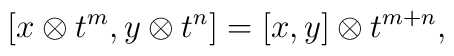
\lbrack x\otimes t^{m},y\otimes t^{n}]=[x,y]\otimes t^{m+n},